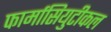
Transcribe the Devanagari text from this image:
फार्मासियुटीकल